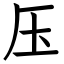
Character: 压